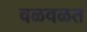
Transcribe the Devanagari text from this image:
वळवळत